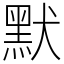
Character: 默